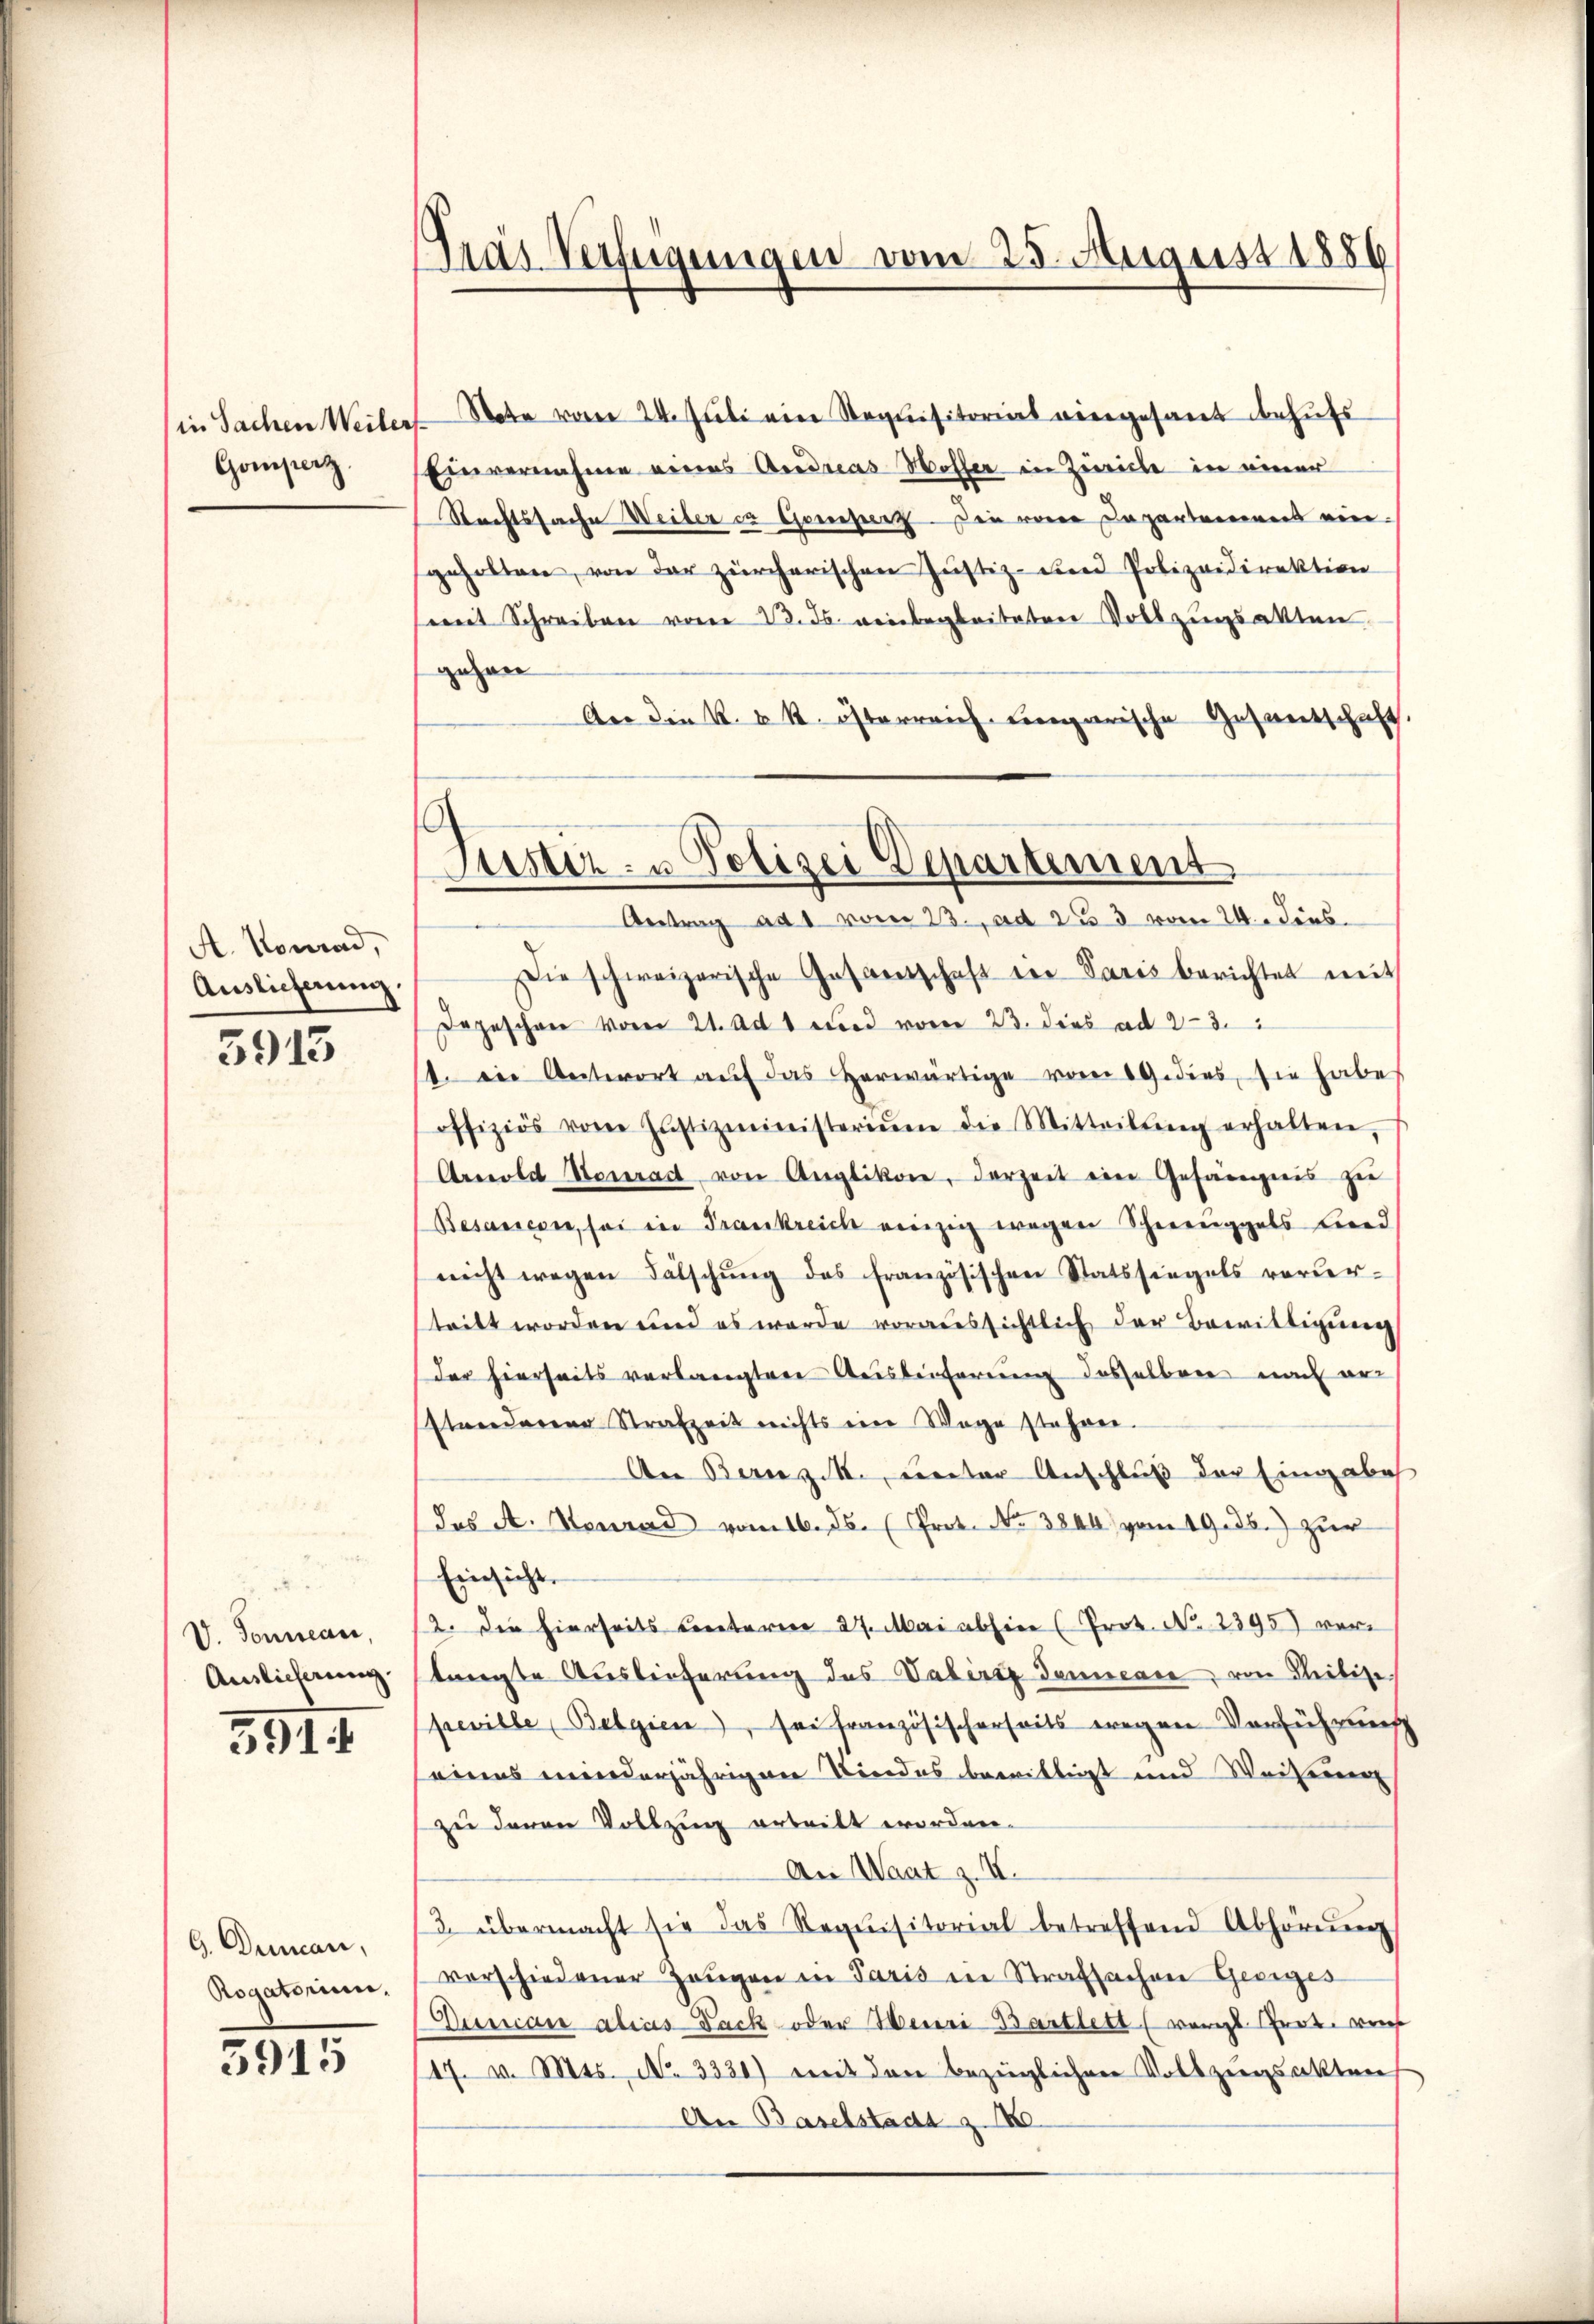
in Sachen Weiler
Gomperz.

A. Konrad,
Auslieferung.

5913

V. Sonnan
Auslicherung.

3911

G. Decan,
Rogatorium,

3915

Gras Verfügungen vom 25. August 1886

tote vom 24. Juli ein Requisitorias eingesant behufs
Einvernahme eines Andreas Woller in Zürich in einer
Rechtssache Weiber in Genehmerz. Die von Departemens ein-
geholten, von der zürcherischen Justiz- und Polizeidirektion
(mit Schreiben vom 23. ds. reinbegleiteten Vollzugsakten
gegan
An die k. k. k. österreich eingarische Gesantschaft.
Die schweizerische Gesandtschaft der Paris berichtet mit
Depeschen vom 21. Ad 1 und vom 23. dies ad 23.
11. Die Antwort aŭf das herwärtige vom 19. dies, sie habe
offiziös von Justizministeriŭm die Mitteilŭng erhalten
Arnold Konrad von Anglikon, derzeit ein Gefängnis zŭ
Besassen, sei in Frankreich einzig wegen Schweniggabs beend
nicht wegen Fälschŭng des französischen Statssiegels verur-
teilt worden und es werde voraussichtlich der Bewilligung
der hierseits verlangten Ausbeiterung desselben nach er
Etwenderen Strafzeit nichts ein Wege stehen.
An Berez. M., unter Anschluß der Eingabe
(Jus A. Heurad vom 16. ds. (Prot. No 3840 vom 19.ds.) zur
Einsicht.
2. Die hierseits Centeren 27. Mai abhin (Prot. No. 2395) verlangte Auslieferung des Vaterig Tamicare von Ribisepeville (Belgien, sei französischerseits wegen Verführung
seines minderjährigen Kindes bewilligt und Weiserg
zu davon Vollzug erteilt worden.
An Waat z. V.
2. übermacht sie das Requisitorial betreffend Abhörŭng
verschiedener Zeŭgen in Paris in Strafsachen Georges
Dunian alias Lack oder Meiri Bartlett (verst Grade weis
17. v. Mts. No. 3330) mit den bezüglichen Vollzŭgsakten
An Baselstadt z. 180

Justiz- u Polizei Departement
Antrag ad 1 vom 23. ad 2/3 vom 24. Dies